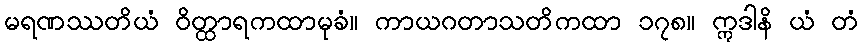
မရဏဿတိယံ ဝိတ္ထာရကထာမုခံ။ ကာယဂတာသတိကထာ ၁၇၈။ ဣဒါနိ ယံ တံ